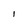
Character: I